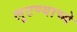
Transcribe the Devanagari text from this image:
लुटण्याच्ये